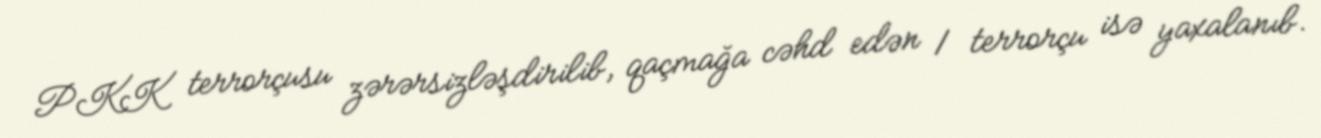
PKK terrorçusu zərərsizləşdirilib, qaçmağa cəhd edən 1 terrorçu isə yaxalanıb.